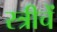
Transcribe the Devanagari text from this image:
स्त्रीचें